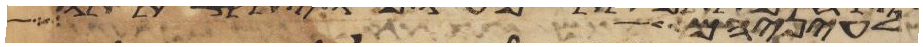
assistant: עיניה אל